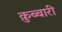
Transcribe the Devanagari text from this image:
क़ुब्बारी